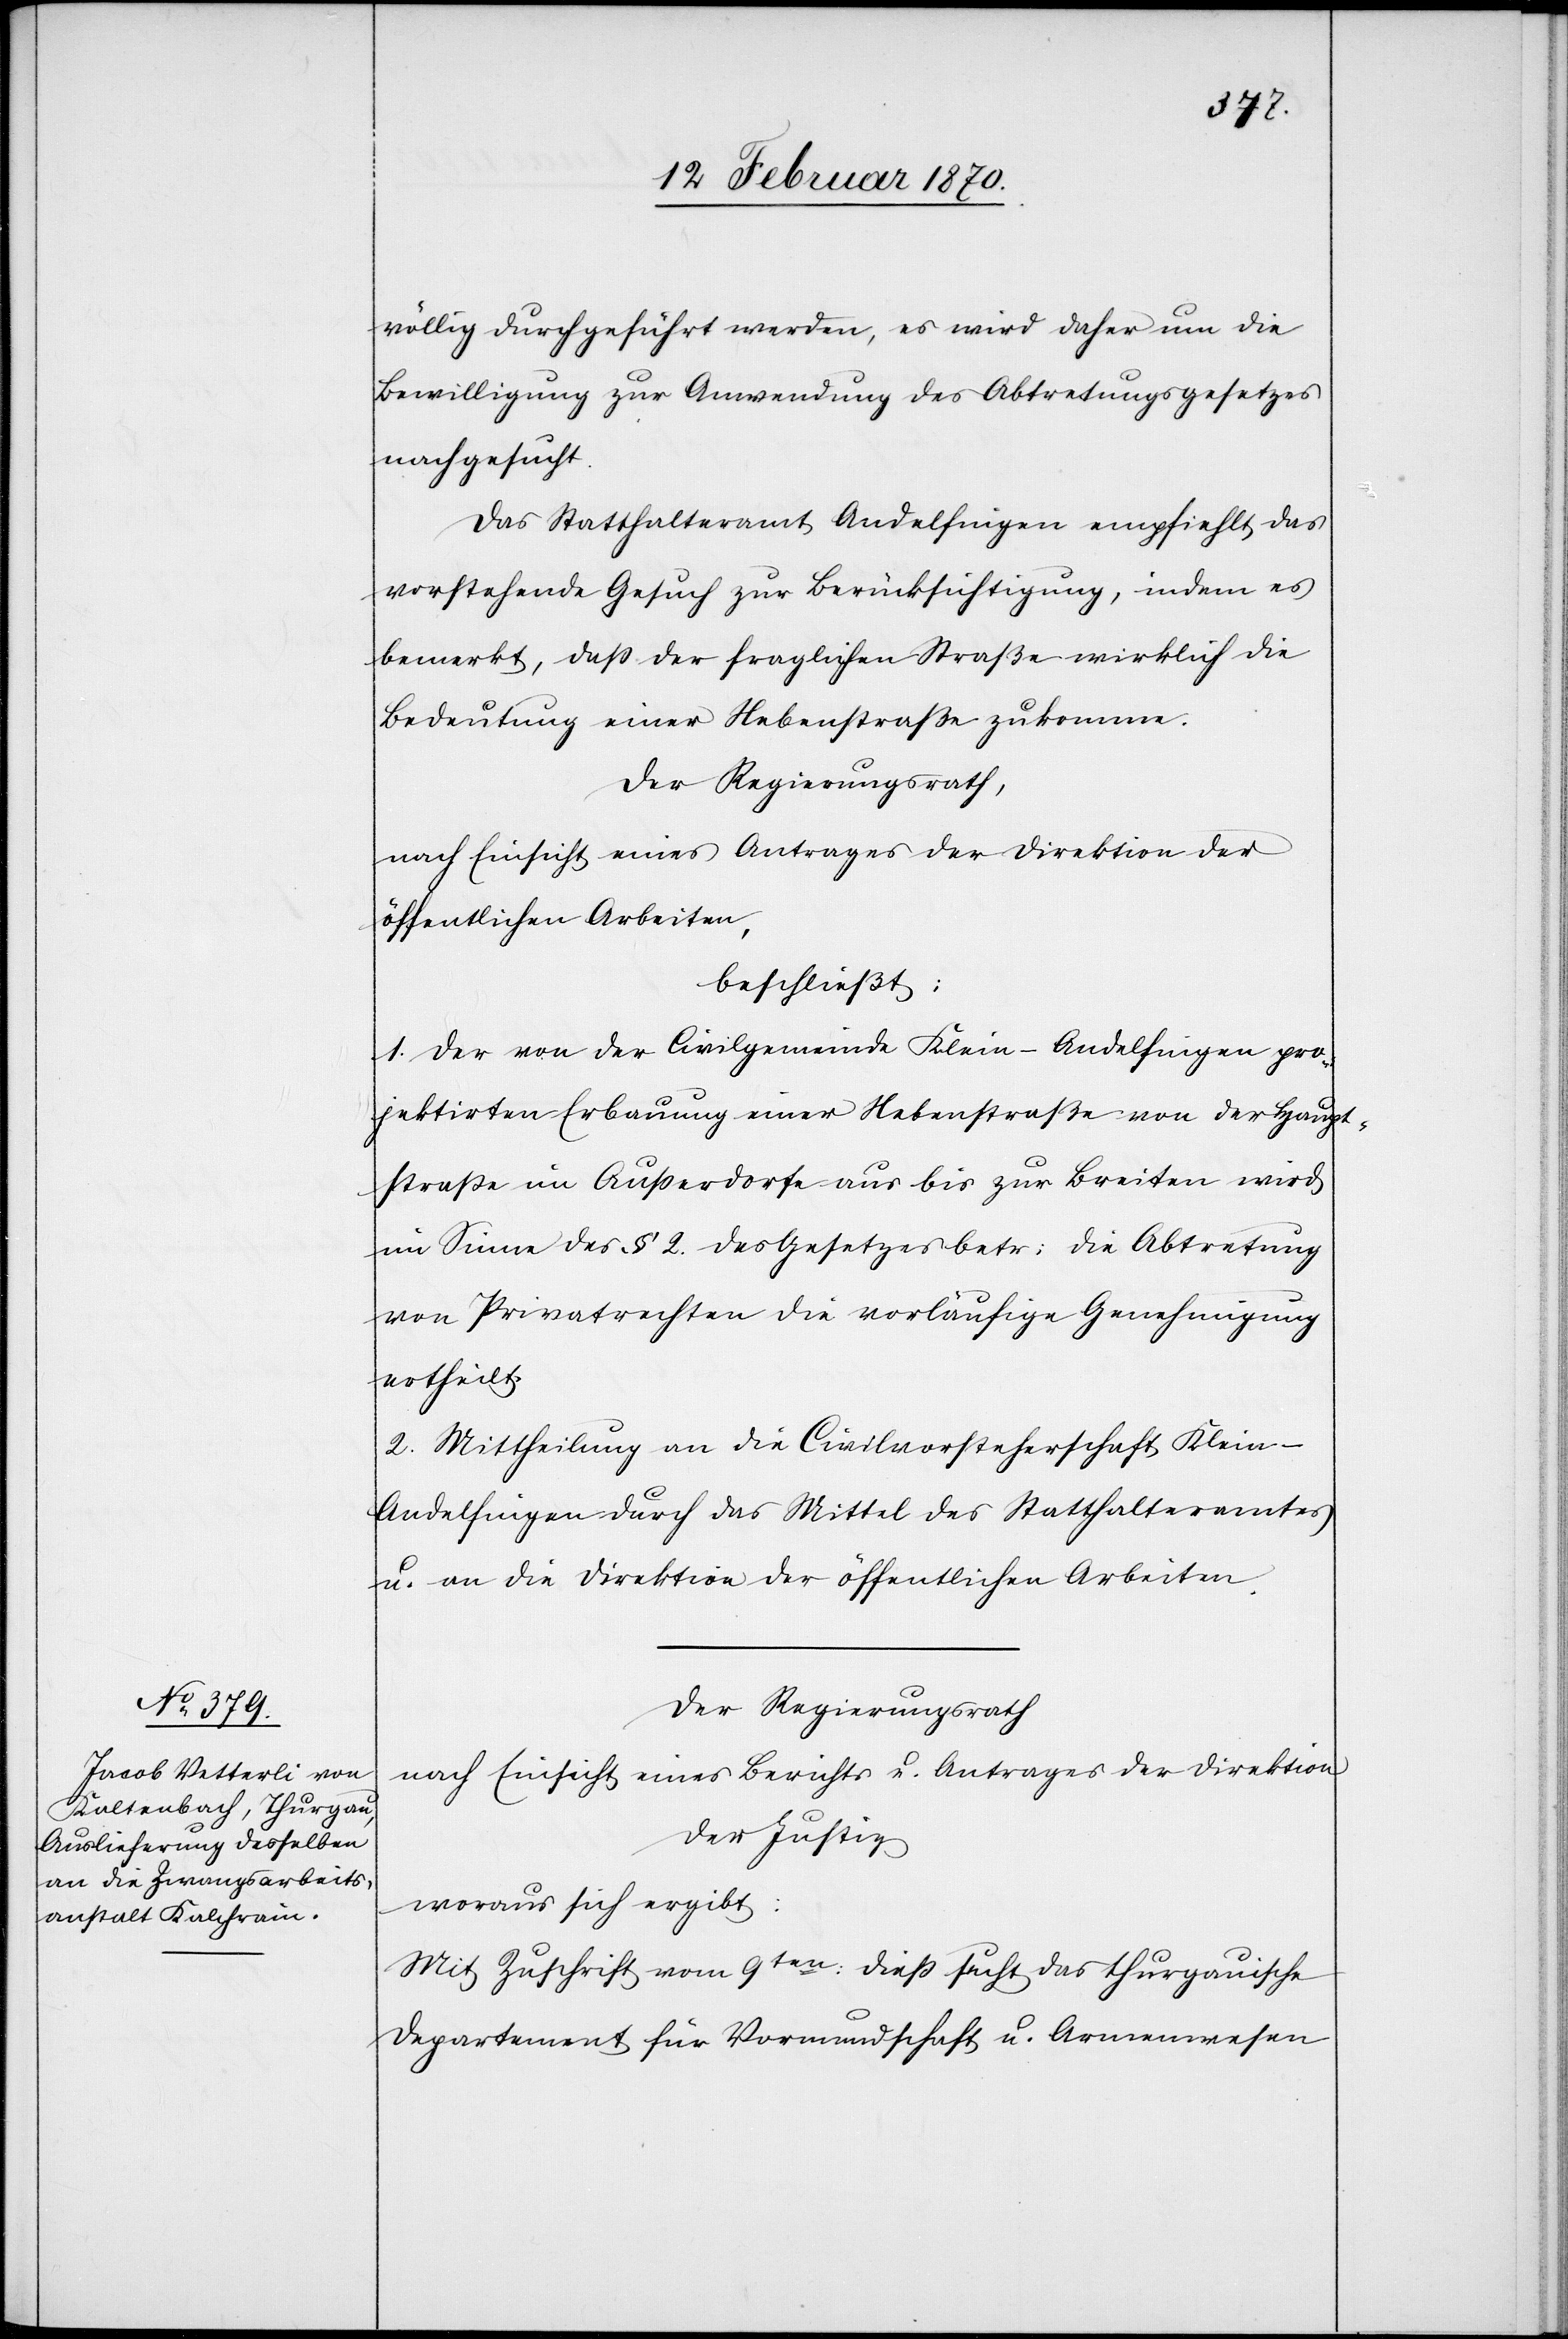
völlig durchgeführt werden, es wird daher um die
Bewilligung zur Anwendung des Abtretungsgesetzes
nachgesucht.
Das Statthalteramt Andelfingen empfiehlt das
vorstehende Gesuch zur Berücksichtigung, indem es
bemerkt, dass der fraglichen Straße wirklich die
Bedeutung einer Nebenstraße zukomme.
Der Regierungsrath,
nach Einsicht eines Antrages der Direktion der
öffentlichen Arbeiten,
beschließt:
1. Der von der Civilgemeinde Klein-Andelfingen pro¬
jektirten Erbauung einer Nebenstraße von der Haupt¬
strasse im Ausserdorfe aus bis zur Breiten wird
im Sinne des § 2. des Gesetzes betr: die Abtretung
von Privatrechten die vorläufige Genehmigung
ertheilt.
2. Mittheilung an die Civilvorsteherschaft Klein-A¬
ndelfingen durch das Mittel des Statthalteramtes
u. an die Direktion der öffentlichen Arbeiten.
Der Regierungsrath
nach Einsicht eines Berichts u. Antrages der Direktion
der Justiz
woraus sich ergibt:
Mit Zuschrift vom 9ten: dieß sucht das thurgauische
Departement für Vormundschaft u. Armenwesen